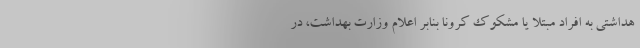
هداشتی به افراد مبتلا یا مشکوک کرونا بنابر اعلام وزارت بهداشت، در